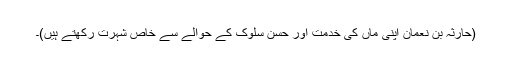
(حارثہ بن نعمانؓ اپنی ماں کی خدمت اور حسن سلوک کے حوالے سے خاص شہرت رکھتے ہیں)۔